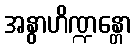
အနွာဟိဏ္ဍန္တော